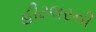
હીટલરની